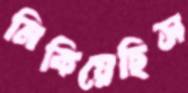
নিকিয়েছিস